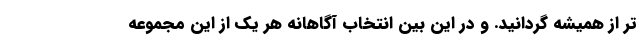
تر از همیشه گردانید. و در این بین انتخاب آگاهانه هر یک از این مجموعه